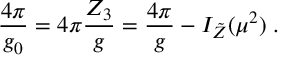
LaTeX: \frac { 4 \pi } { g _ { 0 } } = 4 \pi \frac { Z _ { 3 } } { g } = \frac { 4 \pi } { g } - I _ { \tilde { Z } } ( \mu ^ { 2 } ) \; .